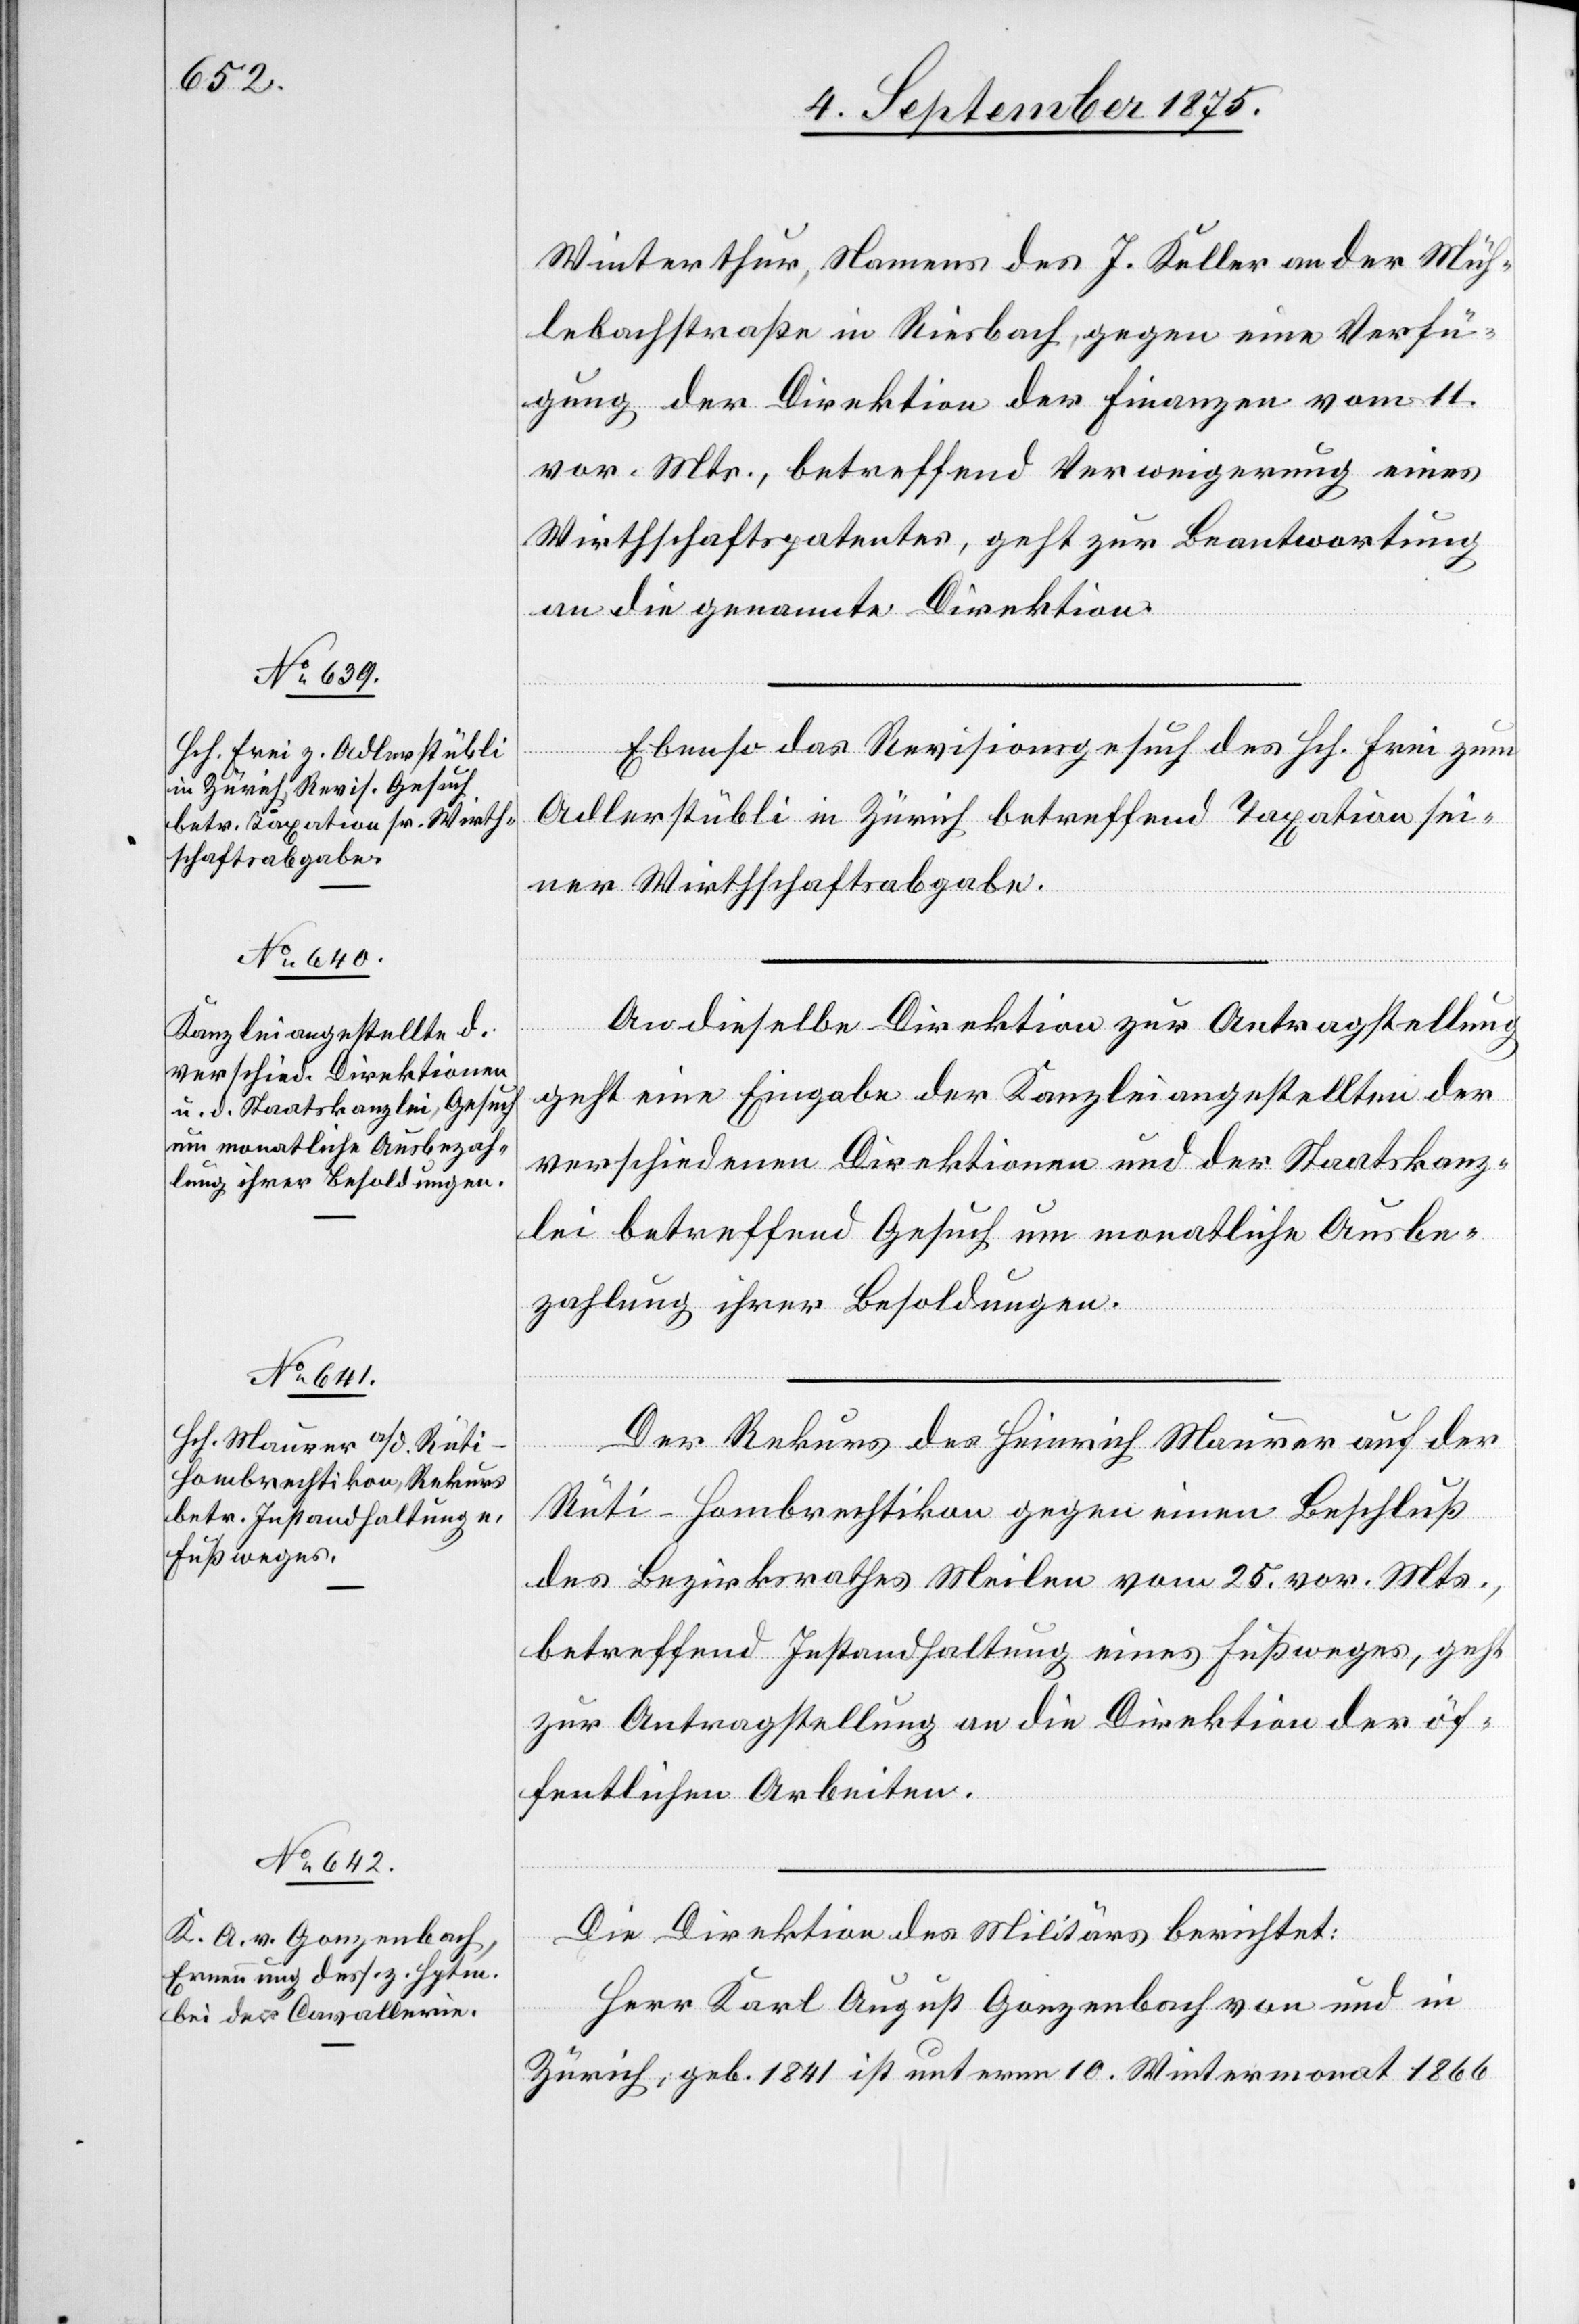
10. September 1875.]
Winterthur, Namens des J. Keller an der Müh¬
lebachstraße in Riesbach, gegen eine Verfü¬
gung der Direktion der Finanzen vom 11.
vor. Mts., betreffend Verweigerung eines
Wirthschaftspatentes, geht zur Beantwortung
an die genannte Direktion.
Ebenso das Revisionsgesuch des Hch. Frei zum
Adlerstübli in Zürich betreffend Taxation sei¬
ner Wirthschaftsabgabe.
An dieselbe Direktion zur Antragstellung
geht eine Eingabe der Kanzleiangestellten der
verschiedenen Direktionen und der Staatskanz¬
lei betreffend Gesuch um monatliche Ausbe¬
zahlung ihrer Besoldungen.
Der Rekurs des Heinrich Maurer auf der
Rüti - Hombrechtikon gegen einen Beschluß
des Bezirksrathes Meilen vom 25. vor. Mts.,
betreffend Instandhaltung eines Fußweges, geht
zur Antragstellung an die Direktion der öf¬
fentlichen Arbeiten.
Die Direktion des Militärs berichtet:
Herr Karl August Gonzenbach von und in
Zürich, geb. 1841 ist unterm 10. Wintermonat 1866